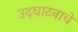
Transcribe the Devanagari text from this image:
उद्‌घाटनाचे